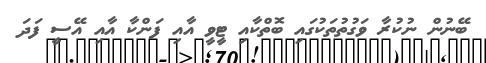
ބޭނުން ނުކުރާ ވަގުތުތަކުގައި ބޮތްކާއި ޓީވީ އާއި ފަންކާ އާއި އޭސީ ފަދަ